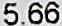
5.66